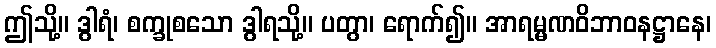
ဤသို့။ ဒွါရံ၊ စက္ခုစသော ဒွါရသို့။ ပတွာ၊ ရောက်၍။ အာရမ္မဏဝိဘာဝနဋ္ဌာနေ၊